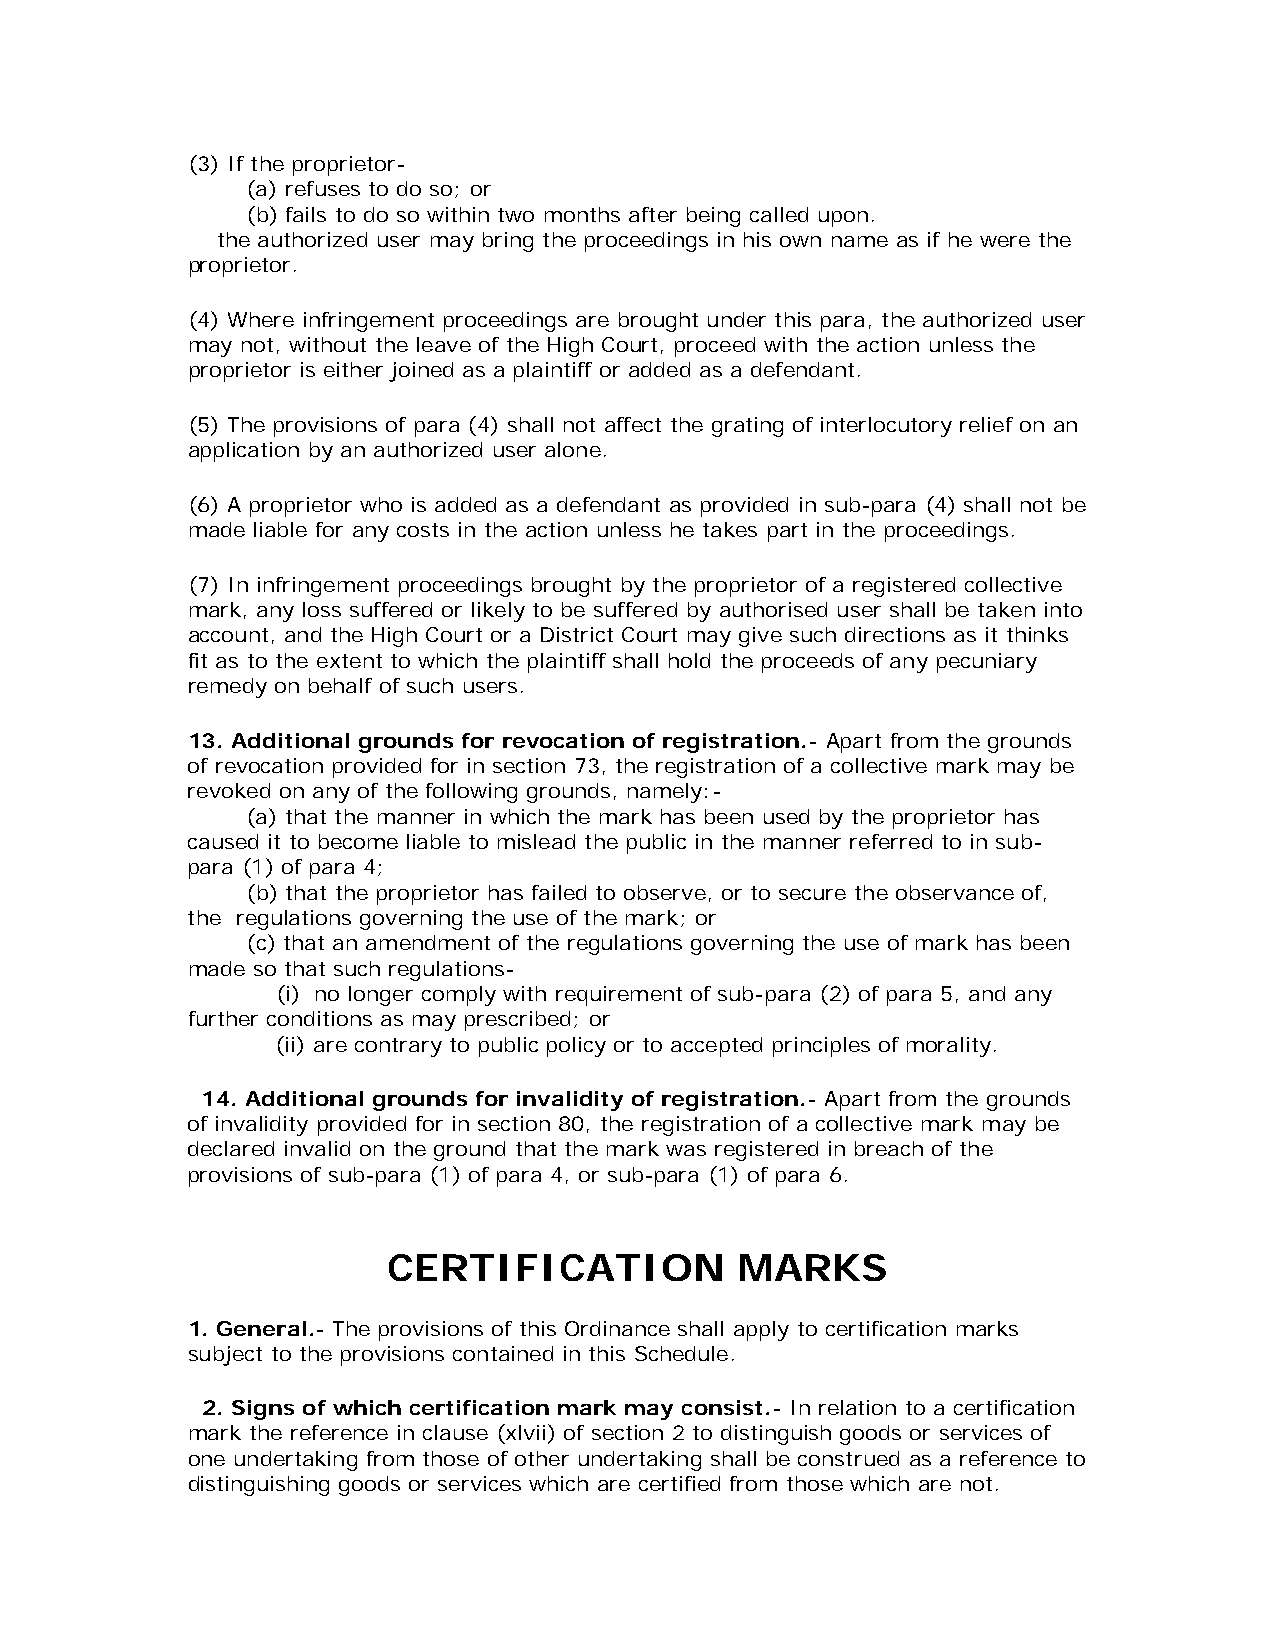
(3) If the proprietor-
 (a) refuses to do so; or
 (b) fails to do so within two months after being called upon.
 the authorized user may bring the proceedings in his own name as if he were the
 proprietor.
 (4) Where infringement proceedings are brought under this para, the authorized user
 may not, without the leave of the High Court, proceed with the action unless the
 proprietor is either joined as a plaintiff or added as a defendant.
 (5) The provisions of para (4) shall not affect the grating of interlocutory relief on an
 application by an authorized user alone.
 (6) A proprietor who is added as a defendant as provided in sub-para (4) shall not be
 made liable for any costs in the action unless he takes part in the proceedings.
 (7) In infringement proceedings brought by the proprietor of a registered collective
 mark, any loss suffered or likely to be suffered by authorised user shall be taken into
 account, and the High Court or a District Court may give such directions as it thinks
 fit as to the extent to which the plaintiff shall hold the proceeds of any pecuniary
 remedy on behalf of such users.
 13. Additional grounds for revocation of registration.- Apart from the grounds
 of revocation provided for in section 73, the registration of a collective mark may be
 revoked on any of the following grounds, namely:-
 (a) that the manner in which the mark has been used by the proprietor has
 caused it to become liable to mislead the public in the manner referred to in sub-
 para (1) of para 4;
 (b) that the proprietor has failed to observe, or to secure the observance of,
 the regulations governing the use of the mark; or
 (c) that an amendment of the regulations governing the use of mark has been
 made so that such regulations-
 (i) no longer comply with requirement of sub-para (2) of para 5, and any
 further conditions as may prescribed; or
 (ii) are contrary to public policy or to accepted principles of morality.
 14. Additional grounds for invalidity of registration.- Apart from the grounds
 of invalidity provided for in section 80, the registration of a collective mark may be
 declared invalid on the ground that the mark was registered in breach of the
 provisions of sub-para (1) of para 4, or sub-para (1) of para 6.
 CERTIFICATION          MARKS
 1. General.- The provisions of this Ordinance shall apply to certification marks
 subject to the provisions contained in this Schedule.
 2. Signs of which certification mark may consist.- In relation to a certification
 mark the reference in clause (xlvii) of section 2 to distinguish goods or services of
 one undertaking from those of other undertaking shall be construed as a reference to
 distinguishing goods or services which are certified from those which are not.